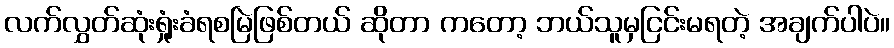
လက်လွှတ်ဆုံးရှုံးခံရစမြဲဖြစ်တယ် ဆိုတာ ကတော့ ဘယ်သူမှငြင်းမရတဲ့ အချက်ပါပဲ။